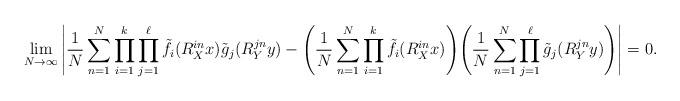
LaTeX: \begin{align*}\lim_{N\to\infty}\Bigg|\frac1N\sum_{n=1}^N \prod_{i=1}^k\prod_{j=1}^\ell \tilde{f}_i(R_X^{in}x)\tilde{g}_j(R_Y^{jn} y) - \Bigg(\frac1N\sum_{n=1}^N \prod_{i=1}^k\tilde{f}_i(R_X^{in}x)\Bigg) \Bigg(\frac1N\sum_{n=1}^N \prod_{j=1}^\ell \tilde{g}_j(R_Y^{jn} y) \Bigg)\Bigg|=0.\end{align*}